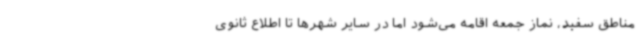
مناطق سفید، نماز جمعه اقامه می‌شود اما در سایر شهرها تا اطلاع ثانوی